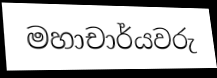
මහාචාර්යවරු